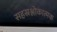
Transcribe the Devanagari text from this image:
सहस्रश्लोकात्मक